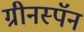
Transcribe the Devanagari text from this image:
ग्रीनस्पॅन